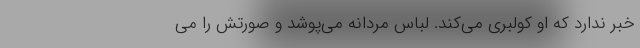
خبر ندارد كه او كولبري مي‌كند. لباس مردانه مي‌پوشد و صورتش را مي‌